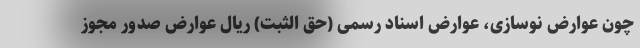
چون عوارض نوسازی، عوارض اسناد رسمی (حق الثبت) ریال عوارض صدور مجوز